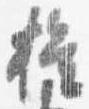
権